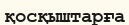
қосқыштарға